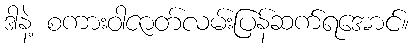
ဒါနဲ့ စကားဝါဇာတ်လမ်းပြန်ဆက်ရအောင်။